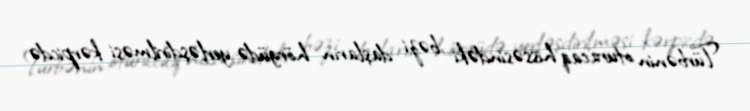
Türbənin oturacaq hissəsindəki bəzi daşların hörgüdə yerləşdirilməsi kərpicdə